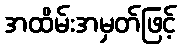
အထိမ်းအမှတ်ဖြင့်